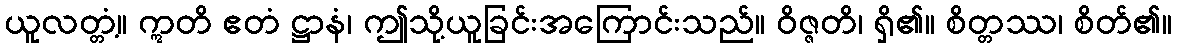
ယူလတ္တံ့။ ဣတိ ဧတံ ဋ္ဌာနံ၊ ဤသို့ယူခြင်းအကြောင်းသည်။ ဝိဇ္ဇတိ၊ ရှိ၏။ စိတ္တဿ၊ စိတ်၏။